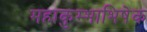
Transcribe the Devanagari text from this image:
महाकुम्भाभिषेक